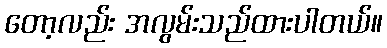
တော့လည်း အလွမ်းသည်ထားပါတယ်။